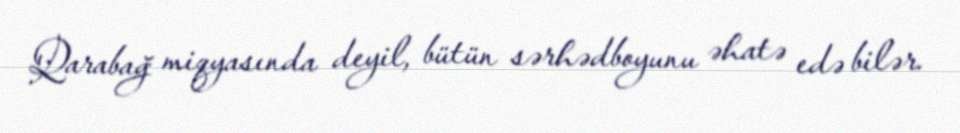
Qarabağ miqyasında deyil, bütün sərhədboyunu əhatə edə bilər.